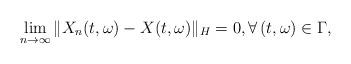
LaTeX: \begin{align*}\lim_{n\rightarrow\infty}\Vert X_n(t,\omega) - X(t,\omega)\Vert_H = 0, \forall\, (t,\omega)\in\Gamma ,\end{align*}